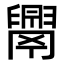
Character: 𦦝